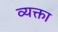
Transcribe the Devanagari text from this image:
व्यक्ता